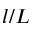
l / L